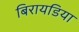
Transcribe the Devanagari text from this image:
बिरायडिया